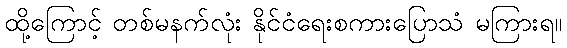
ထို့ကြောင့် တစ်မနက်လုံး နိုင်ငံရေးစကားပြောသံ မကြားရ။